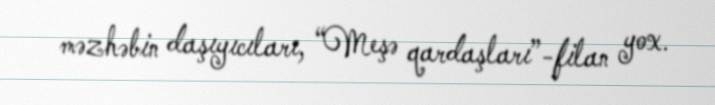
məzhəbin daşıyıcıları, “Meşə qardaşları”-filan yox.